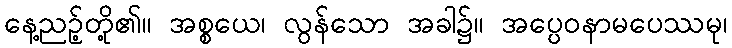
နေ့ညဉ့်တို့၏။ အစ္စယေ၊ လွန်သော အခါ၌။ အပ္ပေဝနာမပေဿမု၊